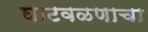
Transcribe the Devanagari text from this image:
घाटवळणाचा